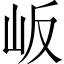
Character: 岅